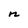
Character: n